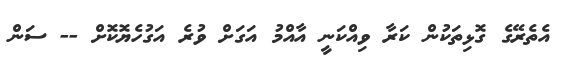
އެތެރޭގެ ގޮޅިތަކުން ކަރާ ވިއްކަނީ އާއްމު އަގަށް ވުރެ އަގުހެޔޮކޮށް -- ސަން